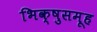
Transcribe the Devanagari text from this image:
भिक्षुसमूह